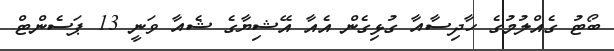
ބޯޓު ގެއްލުމުގެ ހާދިސާއާ ގުޅިގެން އެއާ އޭޝިޔާގެ ޝެއާ ވަނީ 13 ޕަސެންޓް